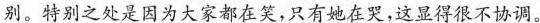
别。特别之处是因为大家都在笑，只有他在哭，这显得很不协调。